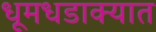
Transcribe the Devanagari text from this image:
धूमधडाक्यात